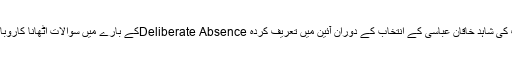
ان اشتہاروں کے ہوتے ہوئے حمزہ شہباز شریف کی شاہد خاقان عباسی کے انتخاب کے دوران آئین میں تعریف کردہ Deliberate Absenceکے بارے میں سوالات اٹھانا کاروباری حوالوں سے کافی Risky ثابت ہو سکتا ہے۔